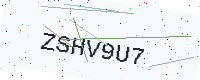
Text: ZSHV9U7